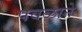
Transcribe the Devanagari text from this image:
पवळाने